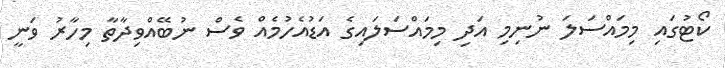
ކޯޓުގައި މިމައްސަލަ ނުނިމި އަދި މިމައްސަލައިގެ އަޑުއެހުމެއް ވެސް ނުބޭއްވިދާތާ މިހާރު ވަނީ